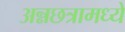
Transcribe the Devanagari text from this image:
अन्नछत्रामध्ये